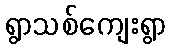
ရွာသစ်ကျေးရွာ